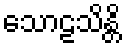
သောဠသိန္တိ